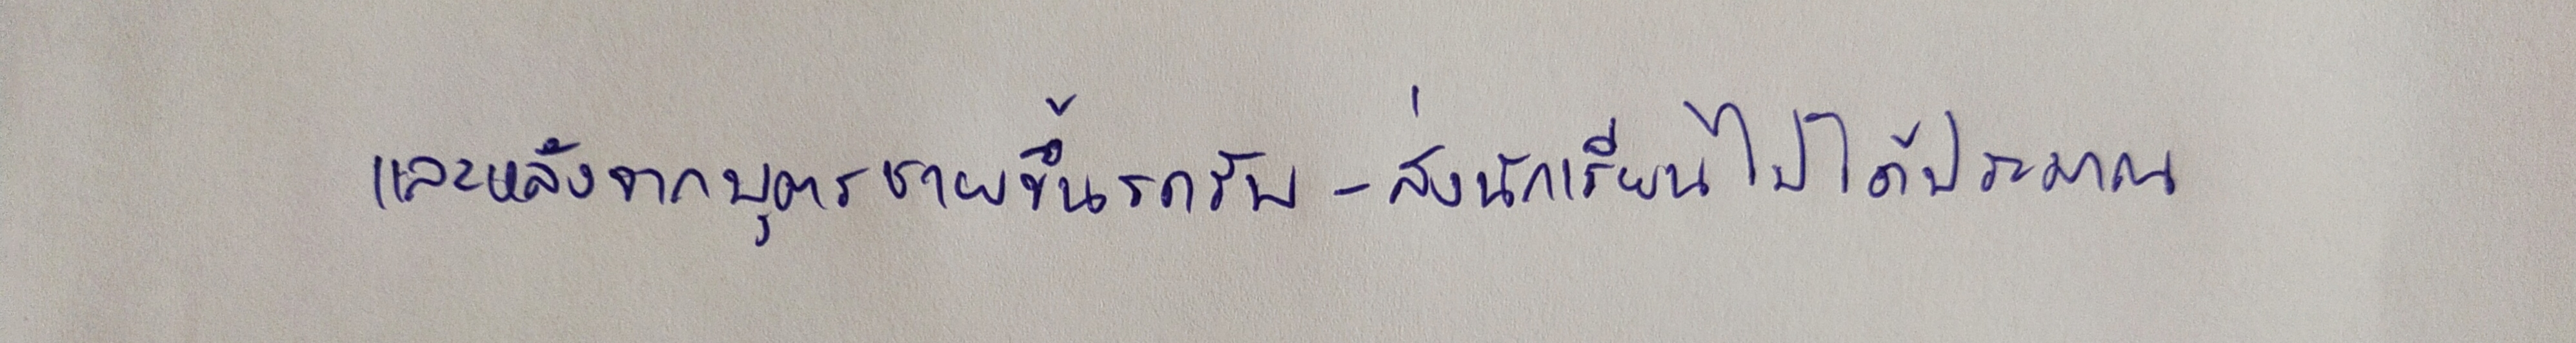
และหลังจากบุตรชายขึ้นรถรับ-ส่งนักเรียนไปได้ประมาณ